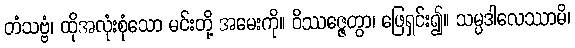
တံသဗ္ဗံ၊ ထိုအလုံးစုံသော မင်းတို့ အမေးကို။ ဝိဿဇ္ဇေတွာ၊ ဖြေရှင်း၍။ သမ္ပဒါလေဿာမိ၊